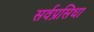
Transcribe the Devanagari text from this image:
सर्वप्रसिधा